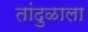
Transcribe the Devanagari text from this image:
तांदुळाला